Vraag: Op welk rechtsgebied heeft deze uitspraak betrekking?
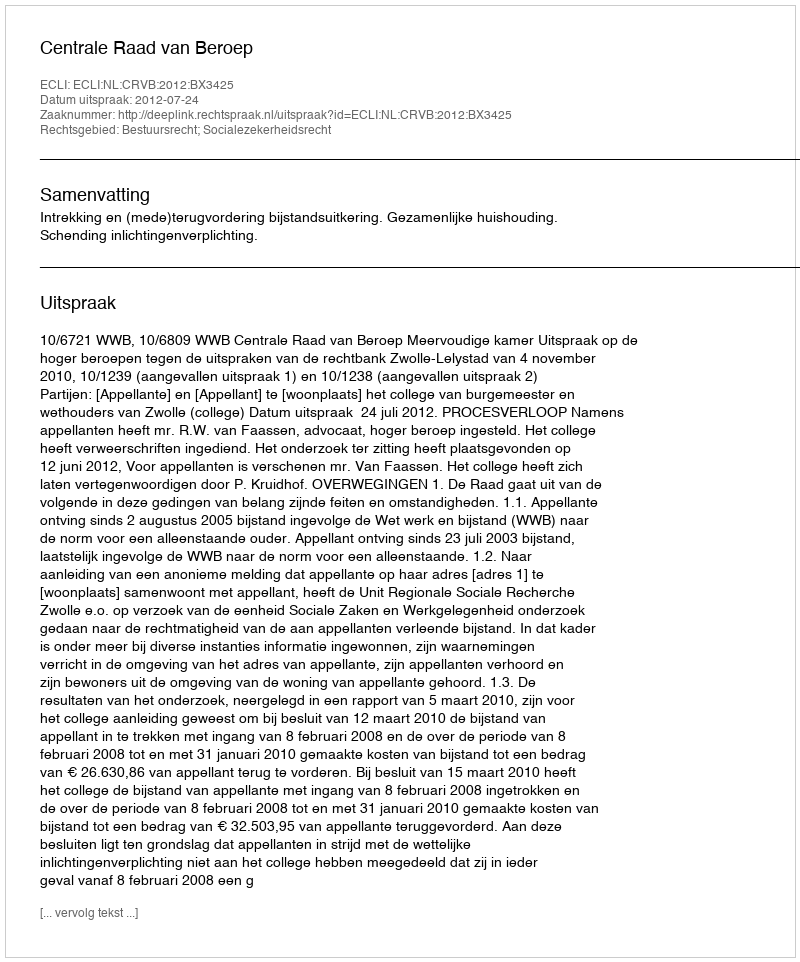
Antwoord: Bestuursrecht; Socialezekerheidsrecht